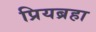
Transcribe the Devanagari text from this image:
प्रियब्रहा